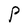
Character: P